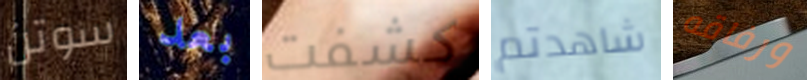
سوتن بعد كشفت شاهدتم ورفاقه